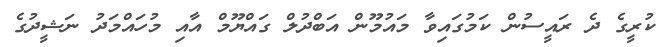
ކުރީގެ ދެ ރައީސުން ކަމުގައިވާ މައުމޫން އަބްދުލް ގައްޔޫމް އާއި މުހައްމަދު ނަޝީދުގެ